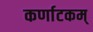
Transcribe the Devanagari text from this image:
कर्णाटकम्